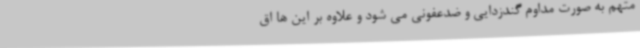
متهم به صورت مداوم گندزدایی و ضدعفونی می شود و علاوه بر این ها اق